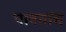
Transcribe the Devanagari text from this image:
पावतांच